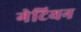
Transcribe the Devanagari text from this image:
गेटियन